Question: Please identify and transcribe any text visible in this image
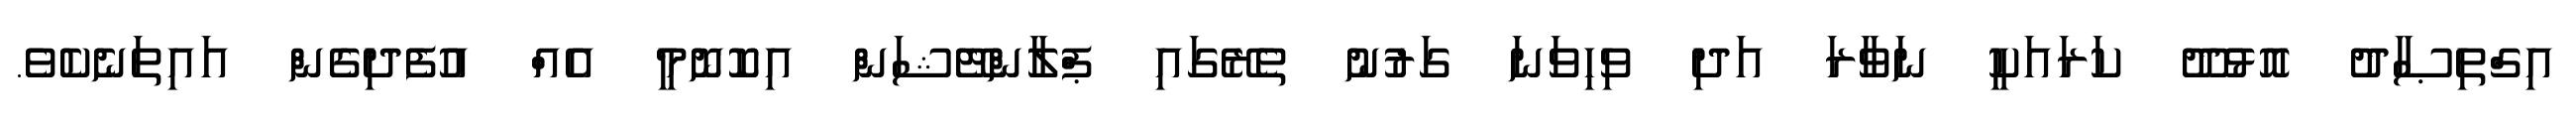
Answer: އިގްތިޞާދު އޮޅުދޫ ކަރައަކީ ނަވާރަ އަދި ވިހިވަނަ ގަރުނު ތެރޭގައި ޕްލާންޓޭޝަން އިކޮނޮމީ އެއް އުފެދިގެން އައިތަނެކެވެ.